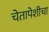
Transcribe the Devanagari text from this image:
चेतापेशीचा